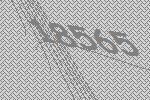
18565